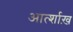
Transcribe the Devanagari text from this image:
आर्त्शाख़